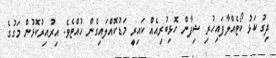
ދިގު ކަޅު ކޯޓެއްލާފައިހުރި ޝިފާން ހޮޅިބުރިއެއް ކައިރީ މަޑުކޮއްލައިގެން ހުއްޓެވެ. އިރުއިރުކޮޅުން މަގުގެ